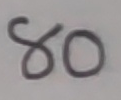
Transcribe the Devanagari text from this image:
४०